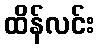
ထိန်လင်း